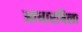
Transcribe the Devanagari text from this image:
आधारषिला